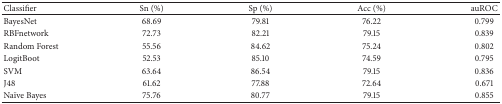
<table><thead><tr><td><b>Classifier</b></td><td><b>Sn (%)</b></td><td><b>Sp (%)</b></td><td><b>Acc (%)</b></td><td><b>auROC</b></td></tr></thead><tbody><tr><td>BayesNet</td><td>68.69</td><td>79.81</td><td>76.22</td><td>0.799</td></tr><tr><td>RBFnetwork</td><td>72.73</td><td>82.21</td><td>79.15</td><td>0.839</td></tr><tr><td>Random Forest</td><td>55.56</td><td>84.62</td><td>75.24</td><td>0.802</td></tr><tr><td>LogitBoot</td><td>52.53</td><td>85.10</td><td>74.59</td><td>0.795</td></tr><tr><td>SVM</td><td>63.64</td><td>86.54</td><td>79.15</td><td>0.836</td></tr><tr><td>J48</td><td>61.62</td><td>77.88</td><td>72.64</td><td>0.671</td></tr><tr><td>Naïve Bayes</td><td>75.76</td><td>80.77</td><td>79.15</td><td>0.855</td></tr></tbody></table>